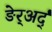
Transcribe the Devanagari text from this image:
ङेर्‍अर्द्